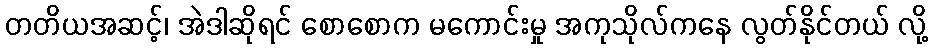
တတိယအဆင့်၊ အဲဒါဆိုရင် စောစောက မကောင်းမှု အကုသိုလ်ကနေ လွတ်နိုင်တယ် လို့